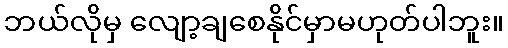
ဘယ်လိုမှ လျော့ချစေနိုင်မှာမဟုတ်ပါဘူး။